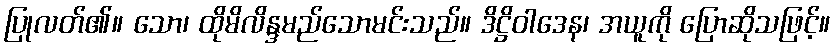
ပြုလတ်၏။ သော၊ ထိုမိလိန္ဒမည်သောမင်းသည်။ ဒိဋ္ဌိဝါဒေန၊ အယူကို ပြောဆိုသဖြင့်။